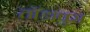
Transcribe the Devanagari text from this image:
तोंडापुरा